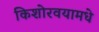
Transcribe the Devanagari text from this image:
किशोरवयामधे